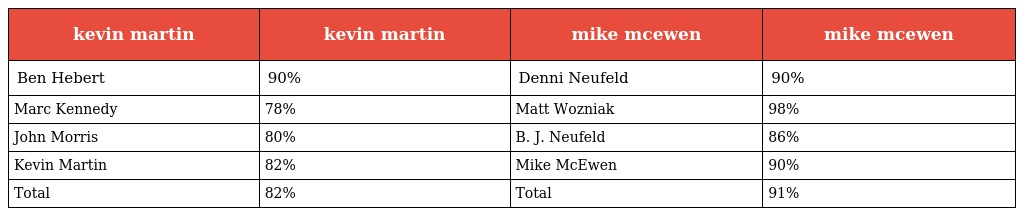
| kevin martin | kevin martin | mike mcewen | mike mcewen |
 | --- | --- | --- | --- |
 | Ben Hebert | 90% | Denni Neufeld | 90% |
 | Marc Kennedy | 78% | Matt Wozniak | 98% |
 | John Morris | 80% | B. J. Neufeld | 86% |
 | Kevin Martin | 82% | Mike McEwen | 90% |
 | Total | 82% | Total | 91% |